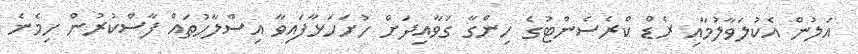
އަލުން އެކުލަވާލުމާއި ރެޑް ކްރެސެންޓުގެ ހިންގާ ގަވާއިދަށް ހުށަހަޅާފައިވާ އިސްލާހުތައް ފާސްކުރުން ހިމެނެ